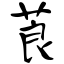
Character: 莨